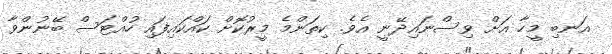
އަނބި މީހާ އަށް ވިސްނައިދޭނީ އެވެ. ކިތަންމެ މީރުކޮށް ކައްކައިފައި ހުއްޓަސް ބޭނުންވާ